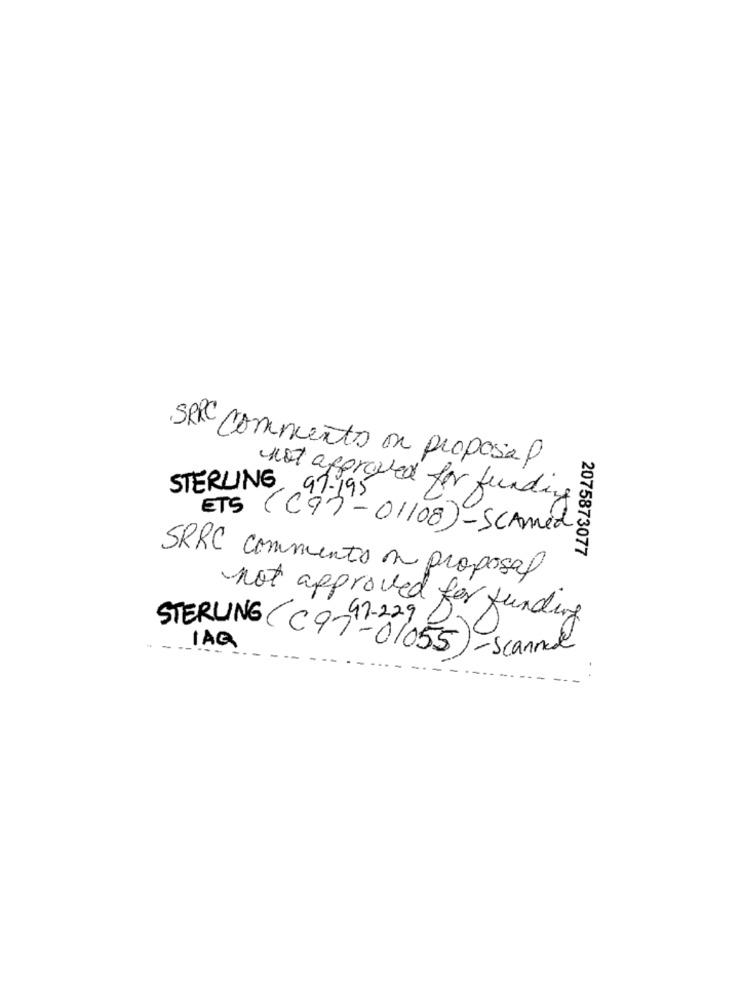
SRC comments on proposal
STERLING, 97-195
not approved for funding
ETS (C97-01108)-SCAmed
2075873077
SRRC commento on proposal
not approved for funding
97-229DC
IAQ
STERLING (C97 -01055)- scanned